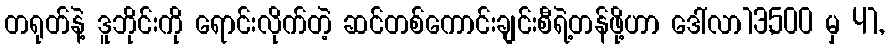
တရုတ်နဲ့ ဒူဘိုင်းကို ရောင်းလိုက်တဲ့ ဆင်တစ်ကောင်းချင်းစီရဲ့တန်ဖို့ဟာ ဒေါ်လာ13,500 မှ 41,